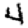
Digit: 4